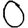
Digit: 0